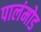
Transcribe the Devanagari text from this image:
पालंमोड